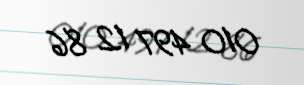
010 497 12 86